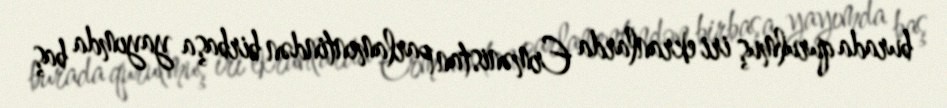
burada qurulmuş iri ekranlarda Ermənistan parlamentindən birbaşa yayımda baş